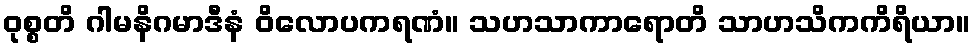
ဝုစ္စတိ ဂါမနိဂမာဒီနံ ဝိလောပကရဏံ။ သဟသာကာရောတိ သာဟသိကကိရိယာ။